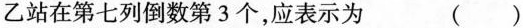
乙站在第七列倒数第3个，应表示为 ()